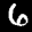
Label: 6